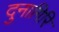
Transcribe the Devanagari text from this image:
दुनागिरि